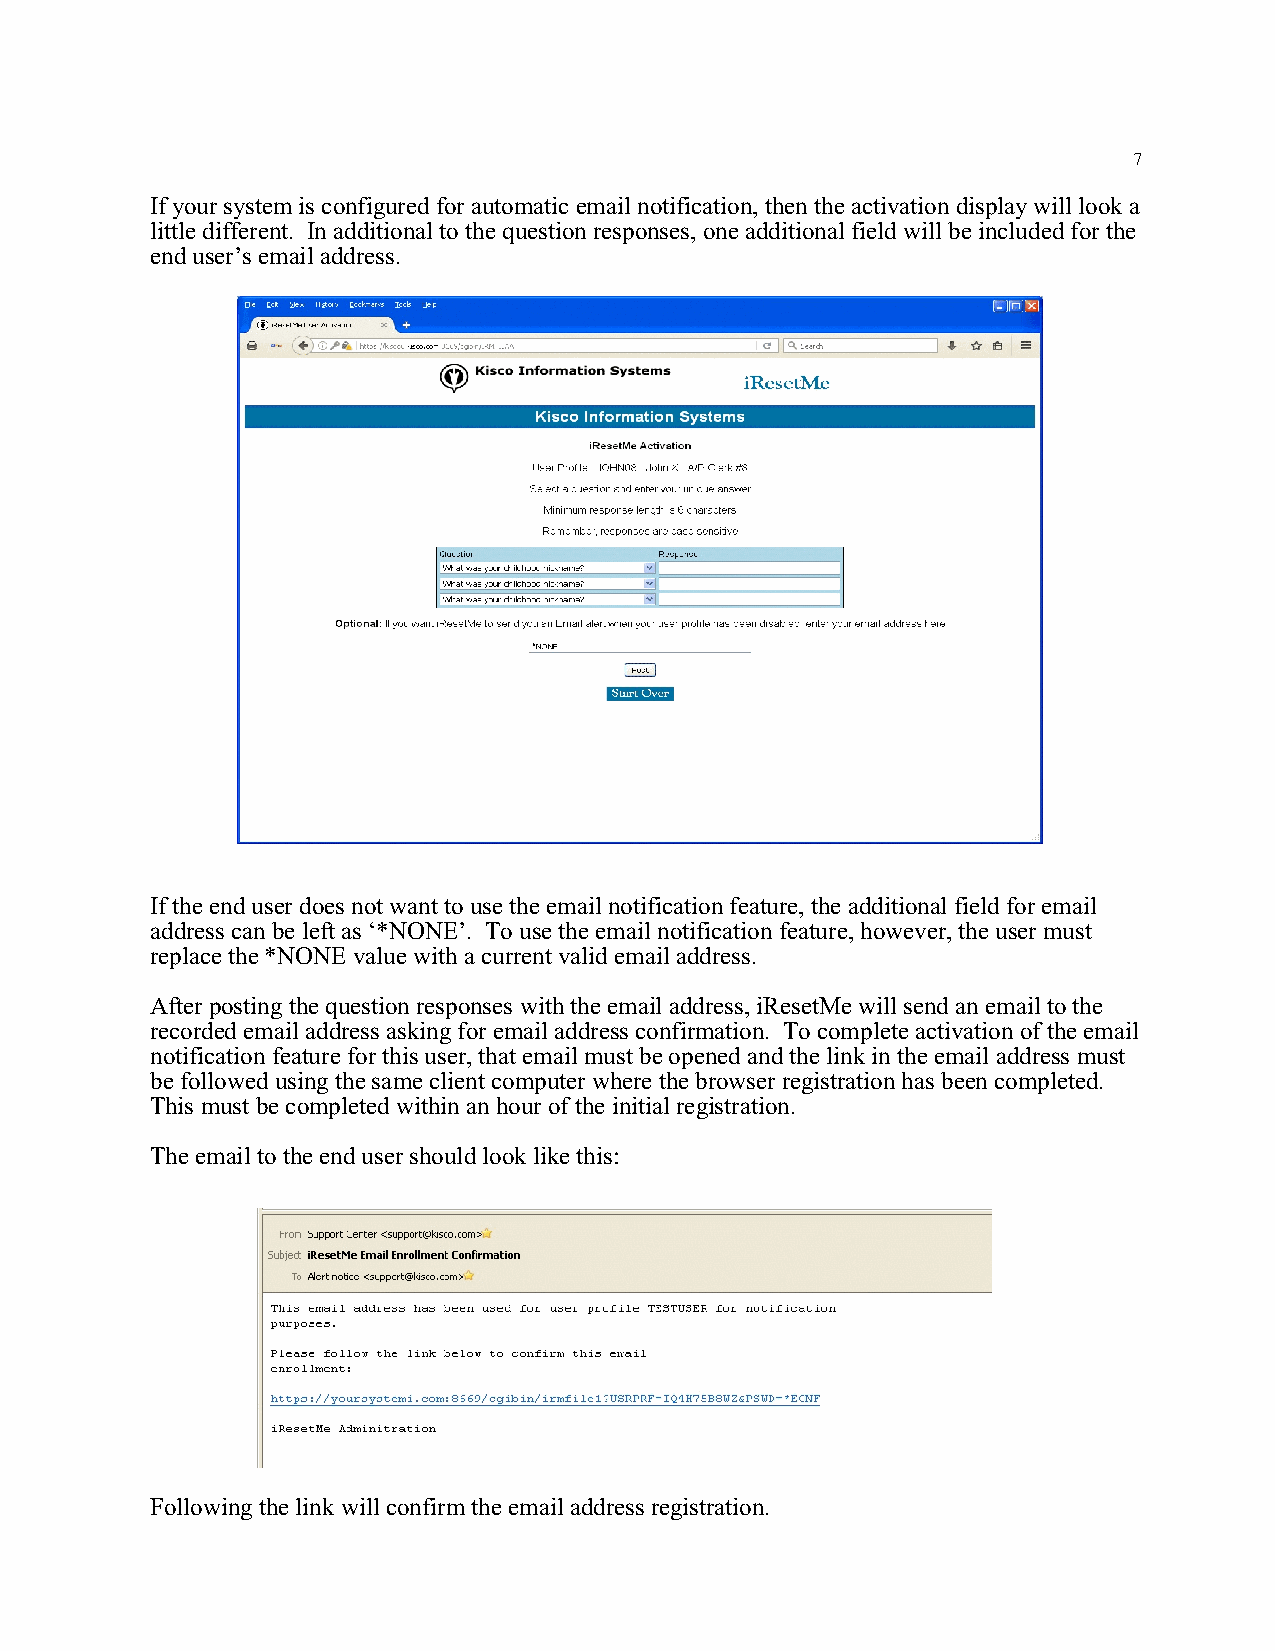
7
 If your system is configured for automatic email notification, then the activation display will look a
 little different. In additional to the question responses, one additional field will be included for the
 end user’s email address.
 If the end user does not want to use the email notification feature, the additional field for email
 address can be left as ‘*NONE’. To use the email notification feature, however, the user must
 replace the *NONE value with a current valid email address.
 After posting the question responses with the email address, iResetMe will send an email to the
 recorded email address asking for email address confirmation. To complete activation of the email
 notification feature for this user, that email must be opened and the link in the email address must
 be followed using the same client computer where the browser registration has been completed.
 This must be completed within an hour of the initial registration.
 The email to the end user should look like this:
 Following the link will confirm the email address registration.